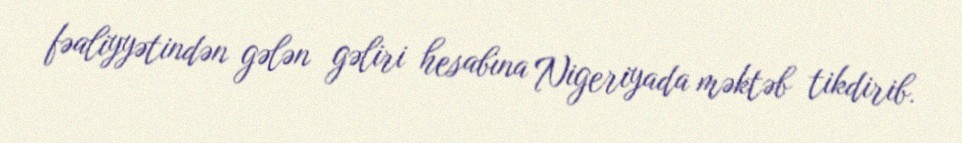
fəaliyyətindən gələn gəliri hesabına Nigeriyada məktəb tikdirib.